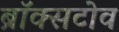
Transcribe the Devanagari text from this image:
ब्रॉक्सटोव